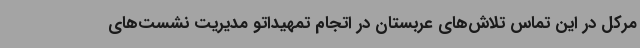
مرکل در این تماس تلاش‌های عربستان در اتجام تمهیداتو مدیریت نشست‌های